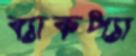
ব্যাকপ্যা